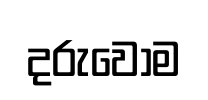
දරුවෝම